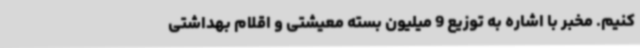
کنیم. مخبر با اشاره به توزیع 9 میلیون بسته معیشتی و اقلام بهداشتی